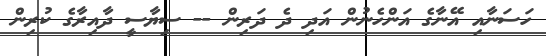
ހަސަނާއި އޭނާގެ އަންހެނުން އަދި ދެ ދަރިން -- ސިޔާސީ ދާއިރާގެ ކުރިން